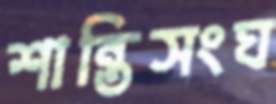
শান্তিসংঘ